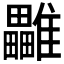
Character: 𩁜